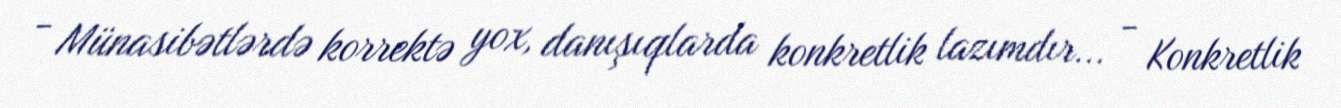
- Münasibətlərdə korrektə yox, danışıqlarda konkretlik lazımdır... - Konkretlik